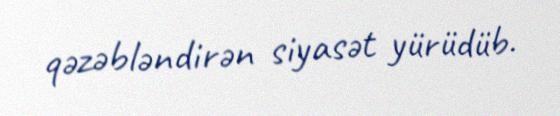
qəzəbləndirən siyasət yürüdüb.